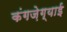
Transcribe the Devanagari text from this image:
कंगज़ेग्याई